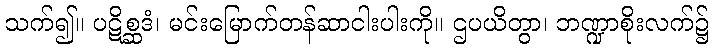
သက်၍။ ပဋိစ္ဆဒံ၊ မင်းမြောက်တန်ဆာငါးပါးကို။ ဌပယိတွာ၊ ဘဏ္ဍာစိုးလက်၌